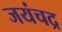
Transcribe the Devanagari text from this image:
जयंचद्र